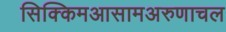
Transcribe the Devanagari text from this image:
सिक्किमआसामअरुणाचल